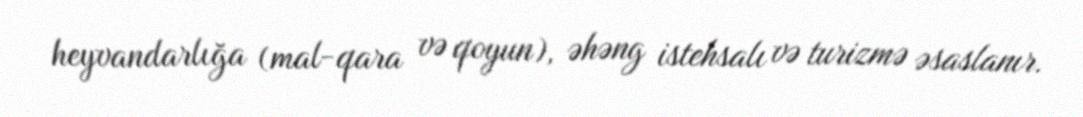
heyvandarlığa (mal-qara və qoyun), əhəng istehsalı və turizmə əsaslanır.